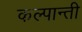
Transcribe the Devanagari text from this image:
कल्पान्ती